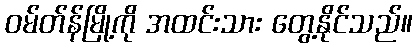
ဝမ်တ်န်မြို့ကို အထင်းသား တွေ့နိုင်သည်။